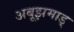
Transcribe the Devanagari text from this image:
अबूझमाड्